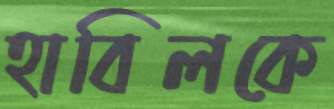
হাবিলকে